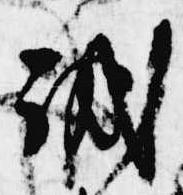
誠